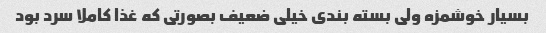
بسیار خوشمزه ولی بسته بندی خیلی ضعیف بصورتی که غذا کاملا سرد بود